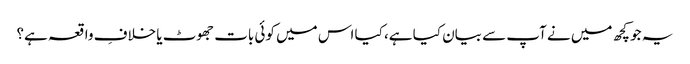
یہ جو کچھ میں نے آپ سے بیان کیا ہے، کیا اس میں کوئی بات جھوٹ یا خلافِ واقعہ ہے؟